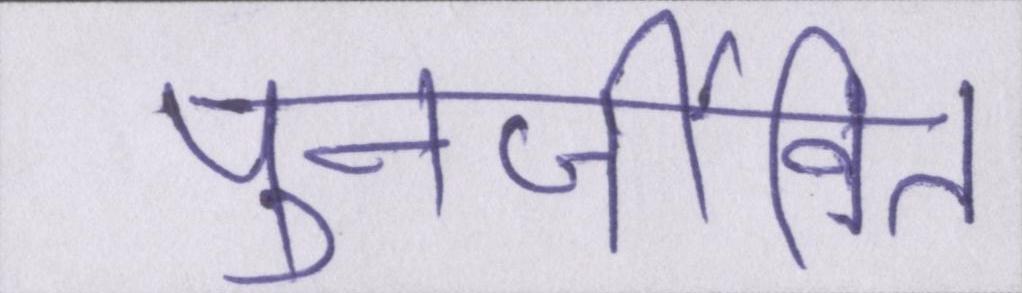
पुनर्जीवित